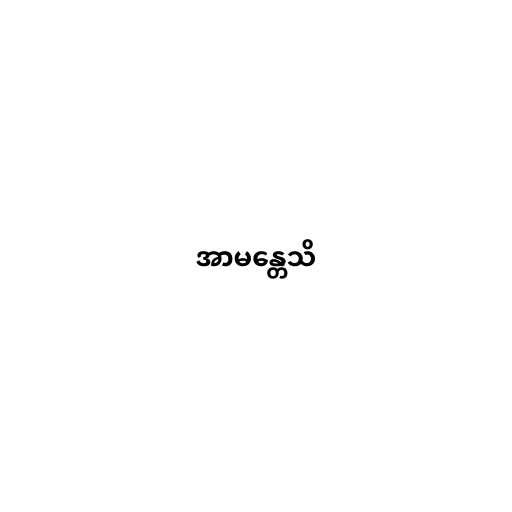
အာမန္တေသိ